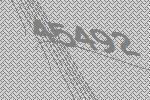
45492